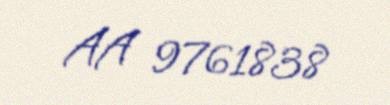
AA 9761838